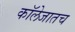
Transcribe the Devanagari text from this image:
कॉलेजातच